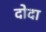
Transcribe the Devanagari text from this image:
दोदा